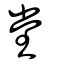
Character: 坣